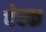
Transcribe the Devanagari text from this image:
चेक्क